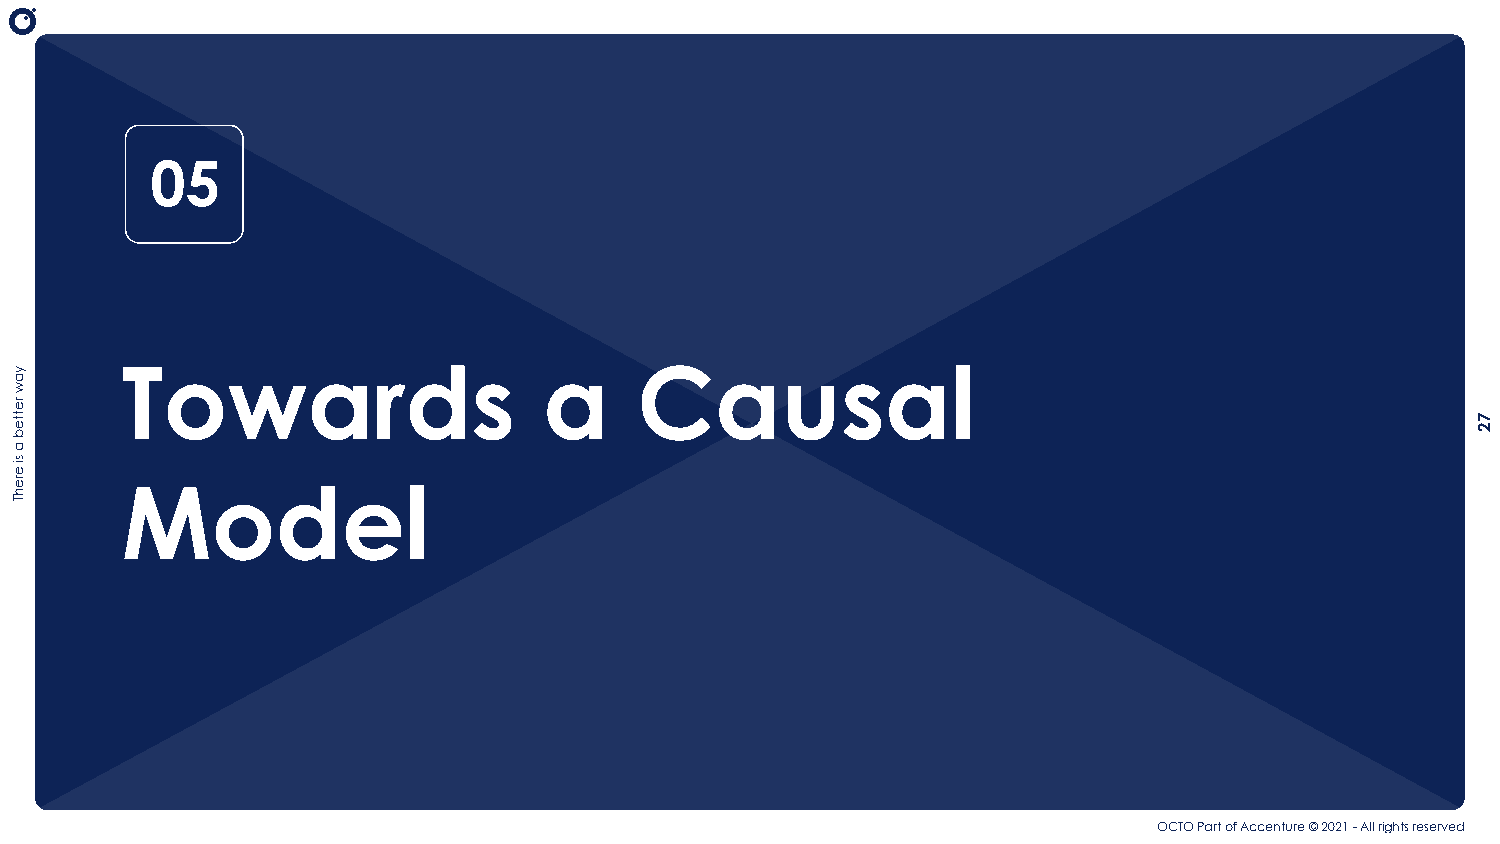
05
 Towards                     a     Causal
 Model
 OCTO Part of Accenture © 2021 - All rights reserved
 yaw
 retteb
 a
 si
 erehT
 72